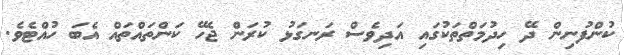
ކުންފުނިން ދޭ ހިދުމަތްތަކުގައި އަދިވެސް ރަނގަޅު ކުރަން ޖެހޭ ކަންތައްތައް އެބަ ހުއްޓެވެ.